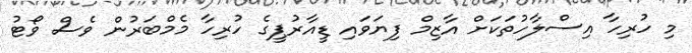
މި ހުރިހާ އިސްލާހުތަކަށް އާޒިމް ފިޔަވައި ޑީއާރުޕީގެ ހުރިހާ މެމްބަރުން ވެސް ވޯޓު